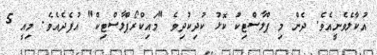
އުކާލެވެނީއެވެ. ދެން މި ޕްލާސްޓިކު ކޮޅު ކުދިކުދިވެ "މައިކްރޯޕްލާސްޓިކް" އުފެދެއެވެ. މިއީ 5